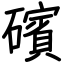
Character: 礗